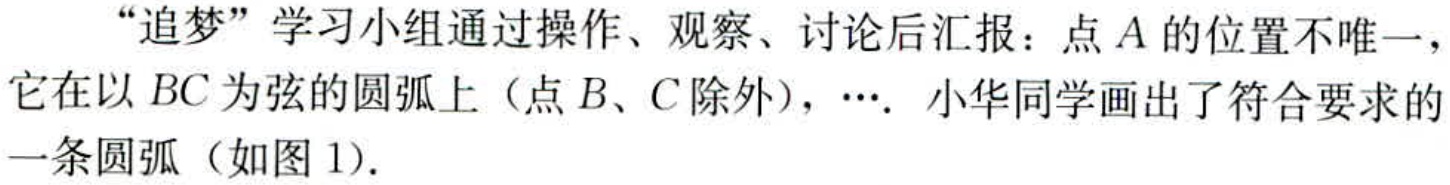
“追梦”学习小组通过操作、观察、讨论后汇报：点\(A\)的位置不唯一，它在以\(BC\)为弦的圆弧上（点\(B\)、\(C\)除外），\(\cdots\). 小华同学画出了符合要求的一条圆弧（如图1）.